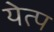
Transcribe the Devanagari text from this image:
येत्प